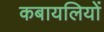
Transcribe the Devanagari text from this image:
कबायलियों